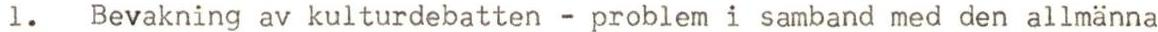
1. Bevakning av kulturdebatten - problem i samband med den allmänna